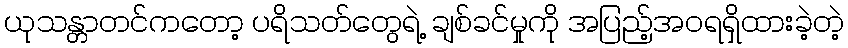
ယုသန္တာတင်ကတော့ ပရိသတ်တွေရဲ့ ချစ်ခင်မှုကို အပြည့်အဝရရှိထားခဲ့တဲ့